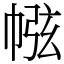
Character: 㡉